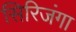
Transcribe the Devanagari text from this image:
सिरिजंगा